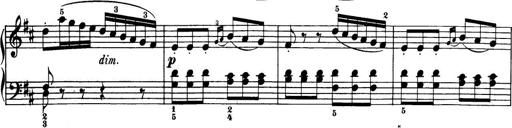
Title: 32 Sonatinas and Rondos for the Piano
Composer: Richard Kleinmichel